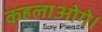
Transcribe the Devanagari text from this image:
कहलाओगे।